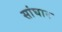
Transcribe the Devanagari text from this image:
सांघार